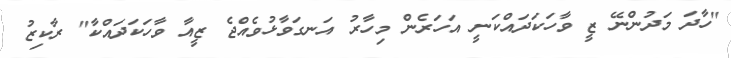
"ހާދަ މަދުންނޭ ޒީ ވާހަކަދައްކަނީ އަހަރެން މިހާރު އަނގަވާޅުވެއްޖެ ޒީއާ ވާހަކަދައްކާ" ރާކިޒު